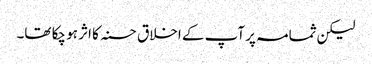
لیکن ثمامہ پر آپ کے اخلاق حسنہ کا اثر ہو چکا تھا۔